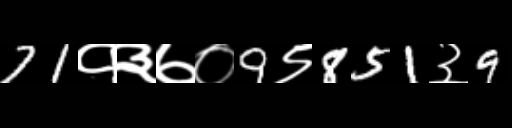
Text: 71१३७०9९851३9